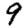
Digit: 9